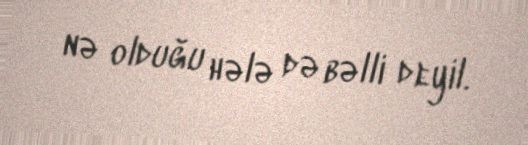
nə olduğu hələ də bəlli deyil.